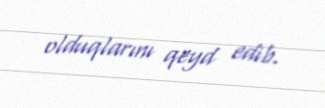
olduqlarını qeyd edib.